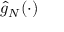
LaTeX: { \hat { g } } _ { N } ( \cdot )